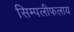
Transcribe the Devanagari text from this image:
सिम्पलीफलाय